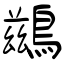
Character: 鷀